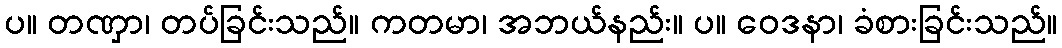
ပ။ တဏှာ၊ တပ်ခြင်းသည်။ ကတမာ၊ အဘယ်နည်း။ ပ။ ဝေဒနာ၊ ခံစားခြင်းသည်။